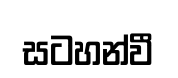
සටහන්වී